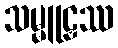
သမ္မူဠှဿ